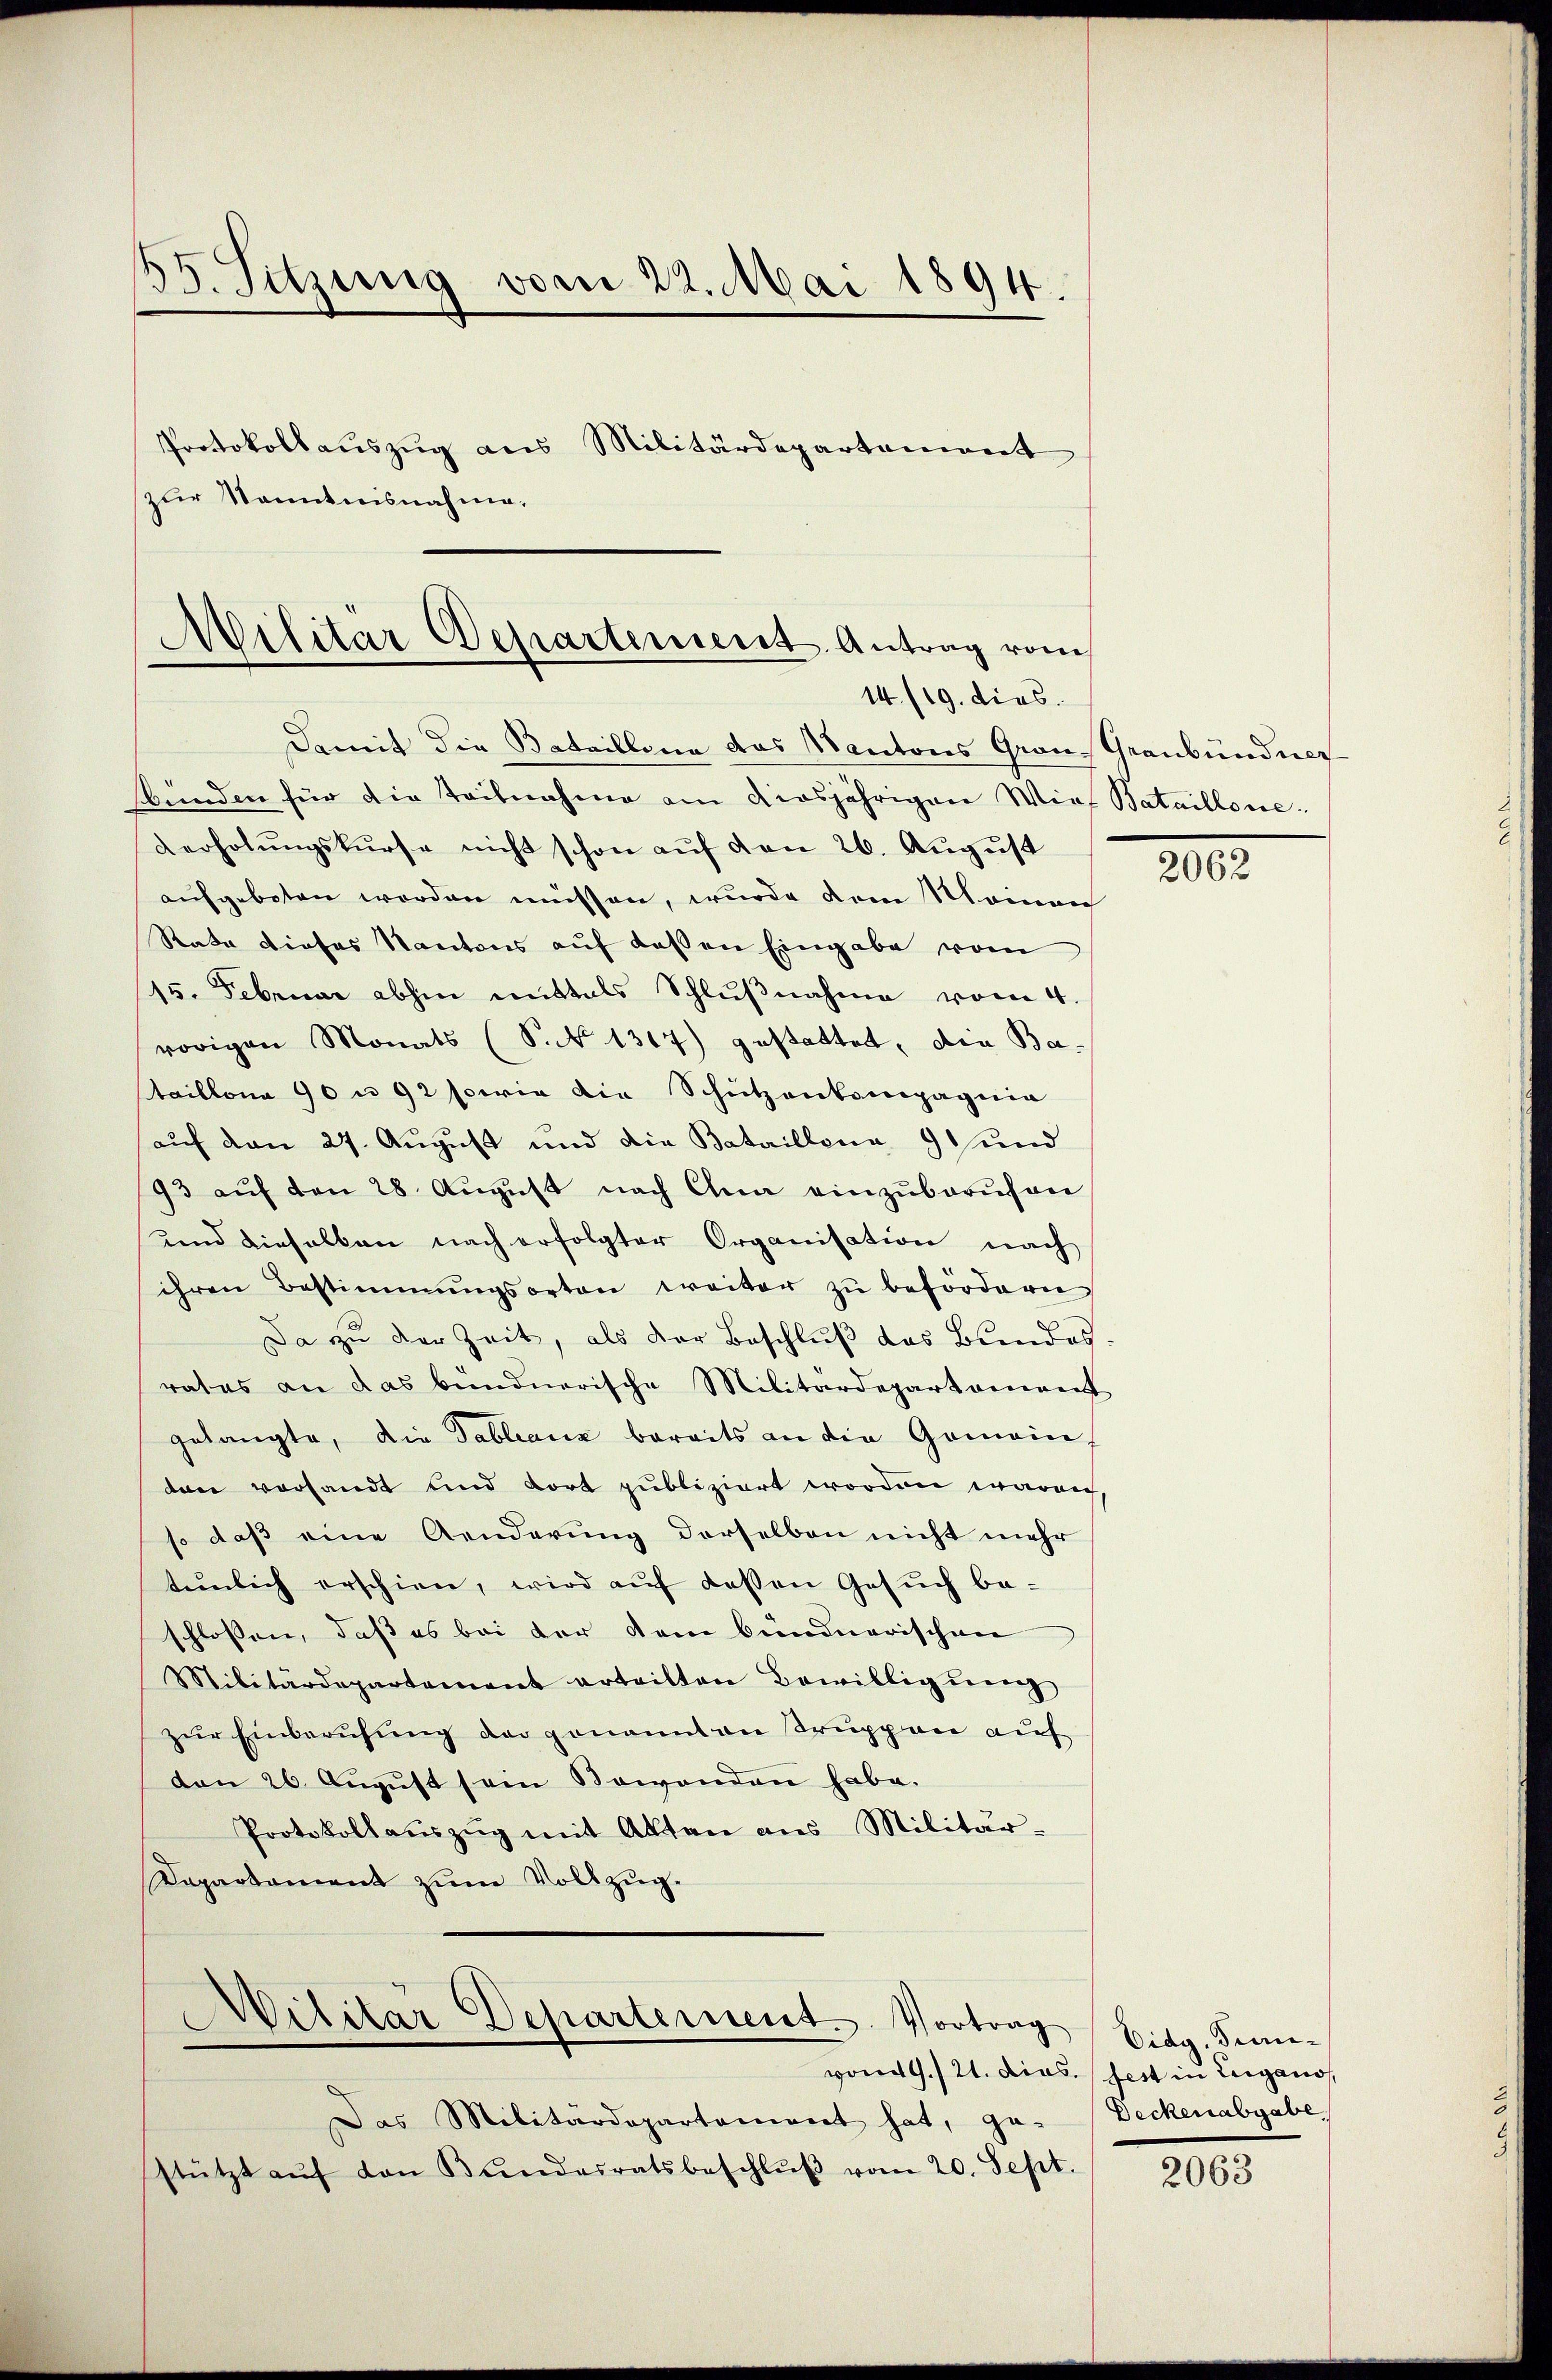
83. Sitzung vom 22. Mai 1894.

Protokollaŭszŭg als Militärdepartement
zur Kenntnisnahme.

Damit die Bataillone das Kantons Grons Graubündner
sbunden für die Teilnahme am diesjährigen Wies Bataillone-
verholŭngskurse nicht schon aŭf den 26. August
aufgeboten worden müssen, wurde dem Meinen
Rate dieses Kantons auf dassen Eingabe vom
15. Februar abhin mittals Schlußnahme vom 4.
vorigen Monats (S. 1317) gestattet, die Bataillona 90 n 92 sowie die Schutzenkompagnie
auf den 27. August und die Bataillona 9 und
93 aŭf den 28. Aŭgŭst nach Ana einzŭberŭfen
und dieselben nach erfolgter Organisation nach
ihren Bestimmungsorten weiter zŭ befördern
Da zu der Zeit, als der Beschluß das Bundes
rates an das bündnerische Militärdepartament
gelangte, die Tableaux bereits an die Gemein
dann versandt und dort publiziert worden waren,
so daß eine Aenderung derselben nicht mehr
tunlich erschien, wird aŭf dessen Gesŭch be-
schlossen, daß es bei der dem bündnerischen
Militärdepartement erteilten Bewilligŭng
zur Einberufung der genannten Truppen auf
den 26. Aŭgŭst (ein Bewenden habe.
Protokollaŭszŭg mit Akten ans Militär-
Dapartament zŭm Vollzug.
Militar Departement. Vortrag Eidg. Sinne-
vom 1./21. dies fest in Lugano,
Das Militärdepartament hat, ge-
stützt aŭf den Bŭndesratsbeschlŭβ vom 20. Sept.

Militär Departement. Antrag vom
14./19. dies

2062

Deckenabgabe

2063